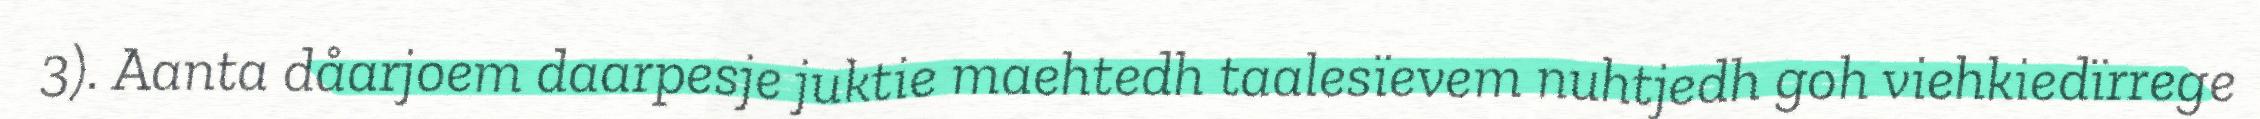
3). Aanta dåarjoem daarpesje juktie maehtedh taalesïevem nuhtjedh goh viehkiedïrrege